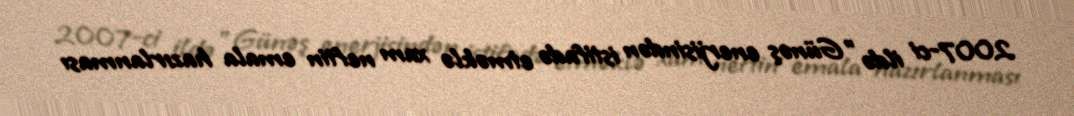
2007-ci ildə "Günəş enerjisindən istifadə etməklə xam neftin emala hazırlanması